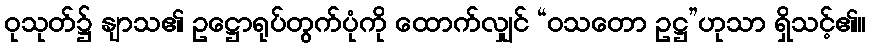
ဝုသုတ်၌ နျာသ၏ ဥဋ္ဌောရုပ်တွက်ပုံကို ထောက်လျှင် “ဝသတော ဥဋ္ဌ”ဟုသာ ရှိသင့်၏။